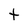
Character: t